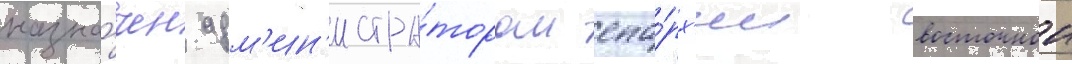
назна́чен адм'ин'истра́тором епа́рх'ии восточнои